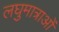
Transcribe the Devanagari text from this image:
लघुमात्राओं